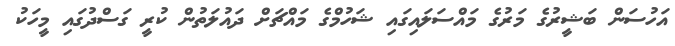
އަހުސަން ބަޝީރުގެ މަރުގެ މައްސަލައިގައި ޝަހުމްގެ މައްޗަށް ދައުލަތުން ކުރީ ގަސްދުގައި މީހަކު